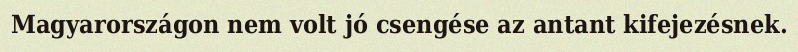
Magyarországon nem volt jó csengése az antant kifejezésnek.